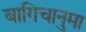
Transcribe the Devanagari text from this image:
बागिचानुमा